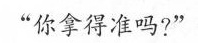
“你拿得准吗?”